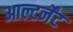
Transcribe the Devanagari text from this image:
आल्टर्नेंट